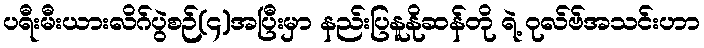
ပရီးမီးယားလိဂ်ပွဲစဉ်(၄)အပြီးမှာ နည်းပြနူနိုဆန်တို ရဲ့ ဝုလ်ဗ်အသင်းဟာ